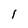
Character: l